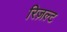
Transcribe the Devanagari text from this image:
रिज़ल्ट